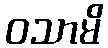
ဝသာမိ